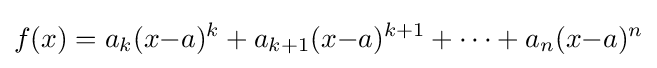
f(x)=a_{k}(x{-}a)^{k}+a_{k+1}(x{-}a)^{k+1}+\cdots +a_{n}(x{-}a)^{n}